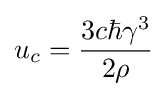
u_{c}={\frac {3c\hbar \gamma ^{3}}{2\rho }}